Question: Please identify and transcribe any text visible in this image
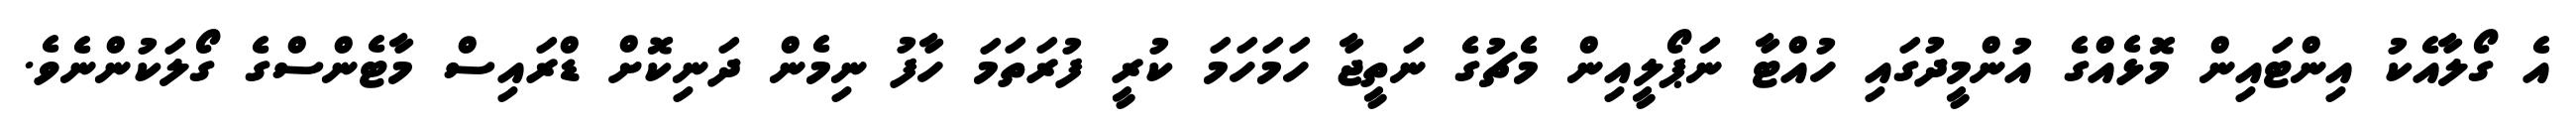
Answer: އެ ގޯލާއެކު އިންޓައިން މޮޅެއްގެ އުންމީދުގައި ހުއްޓާ ނަޕޯލީއިން މެޗުގެ ނަތީޖާ ހަމަހަމަ ކުރީ ފުރަތަމަ ހާފު ނިމެން ދަނިކޮށް ޑްރައިސް މާޓެންސްގެ ގޯލަކުންނެވެ.